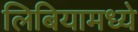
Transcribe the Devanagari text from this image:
लिबियामध्ये